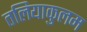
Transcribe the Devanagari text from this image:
तलियाकुलम